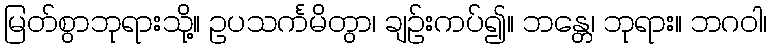
မြတ်စွာဘုရားသို့။ ဥပသင်္ကမိတွာ၊ ချဉ်းကပ်၍။ ဘန္တေ၊ ဘုရား။ ဘဂဝါ၊